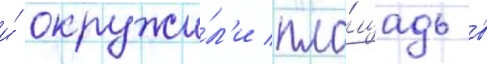
и́ окружи́л'и пло́щадь в